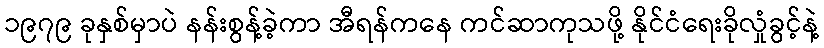
၁၉၇၉ ခုနှစ်မှာပဲ နန်းစွန့်ခဲ့ကာ အီရန်ကနေ ကင်ဆာကုသဖို့ နိုင်ငံရေးခိုလှုံခွင့်နဲ့